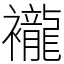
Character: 襱